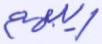
ريبهم